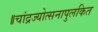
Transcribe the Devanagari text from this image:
॥चांद्रज्योत्सनापुलकित